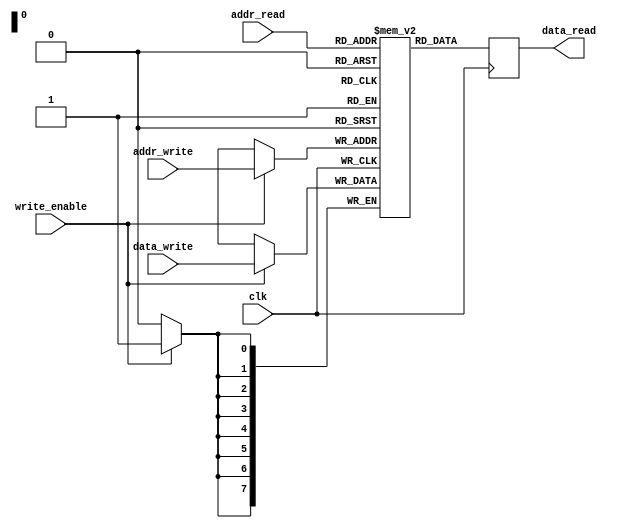
module dual_port_ram (
    input wire clk,
    input wire [7:0] addr_read,
    input wire [7:0] addr_write,
    input wire [7:0] data_write,
    input wire write_enable,
    output reg [7:0] data_read
);

reg [7:0] mem [0:255];

always @ (posedge clk) begin
    if (write_enable) begin
        mem[addr_write] <= data_write;
    end
    data_read <= mem[addr_read];
end

endmodule